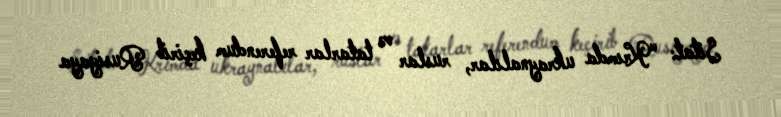
Sitat: “Krımda ukraynalılar, ruslar və tatarlar referendum keçirib Rusiyaya